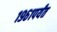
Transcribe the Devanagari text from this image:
१९६१पर्यंत